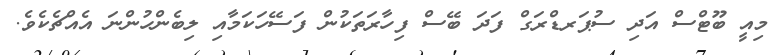
މިއީ ބޫޓްސް އަދި ސުޕަރޑްރަގް ފަދަ ބޭސް ފިހާރަތަކުން ފަސޭހަކަމާއި ލިބެންހުންނަ އެއްޗެކެވެ.